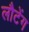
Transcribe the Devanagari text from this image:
लौटेंग